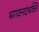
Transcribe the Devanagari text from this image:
भगवनदभक्ति